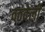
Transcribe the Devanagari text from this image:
वठवेली